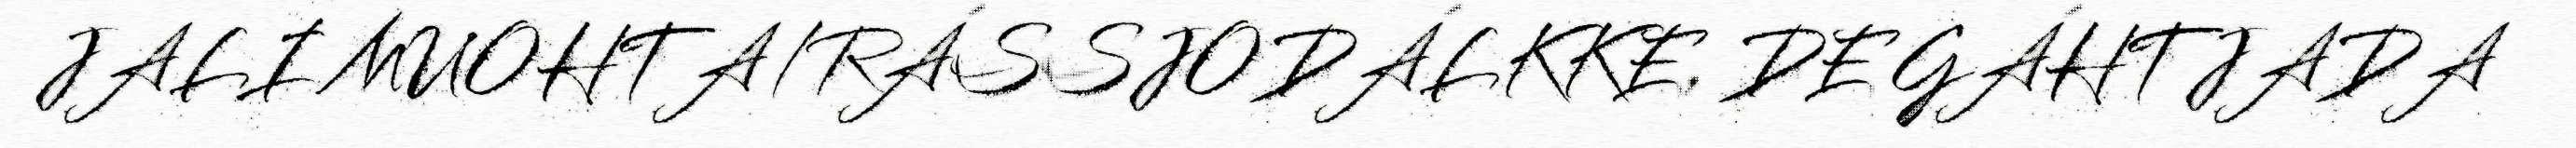
JALI MUOHTA/RÁSSJODÁLKKE, DE GÁHTJADA